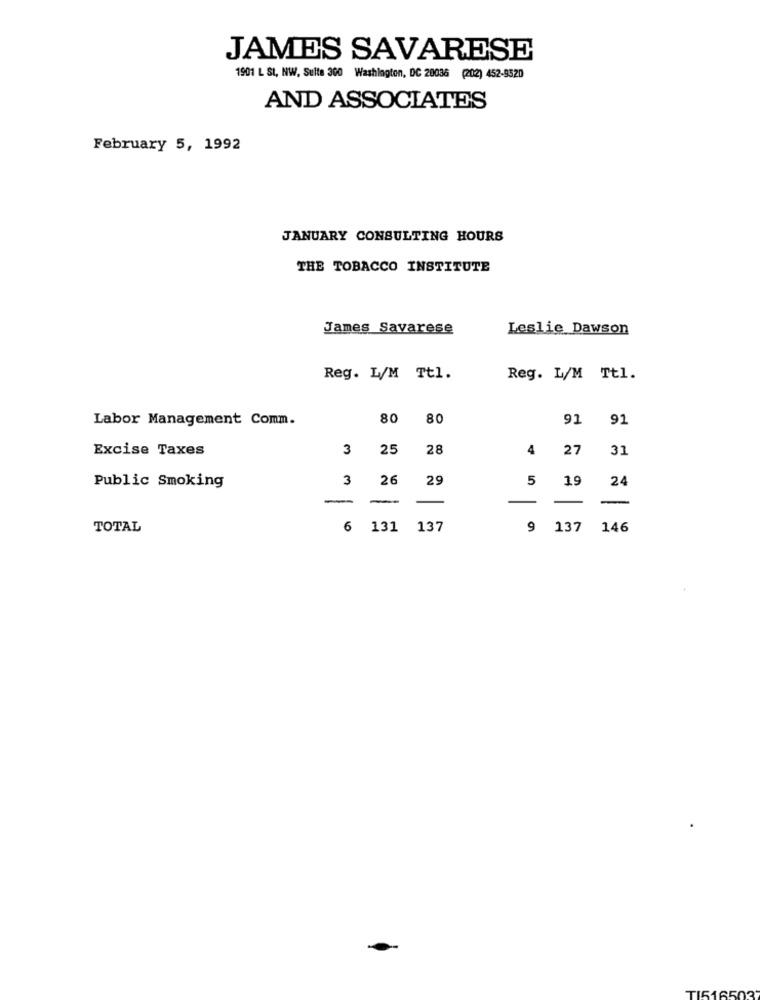
JAMES SAVARESE
1901 L St, NW, Sulte 300 Washington, DC 20036 (202) 452-9520
AND ASSOCIATES
February 5, 1992
JANUARY CONSULTING HOURS
THE TOBACCO INSTITUTE
James Savarese
Leslie Dawson
Reg. L/M Ttl.
Reg. L/M Ttl.
Labor Management Comm.
80
80
91
91
Excise Taxes
3
25
28
4
27
31
Public Smoking
3
26
29
5
19
24
-
-
-
TOTAL
6
131 137
9 137
146
TI516503'